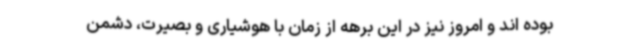
بوده اند و امروز نیز در این برهه از زمان با هوشیاری و بصیرت، دشمن